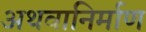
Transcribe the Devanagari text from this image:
अथवानिर्माण